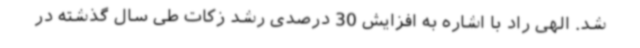
شد. الهی راد با اشاره به افزایش 30 درصدی رشد زکات طی سال گذشته در